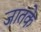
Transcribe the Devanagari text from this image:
जातके